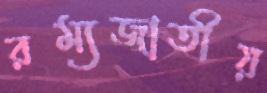
রম্যজাতীয়